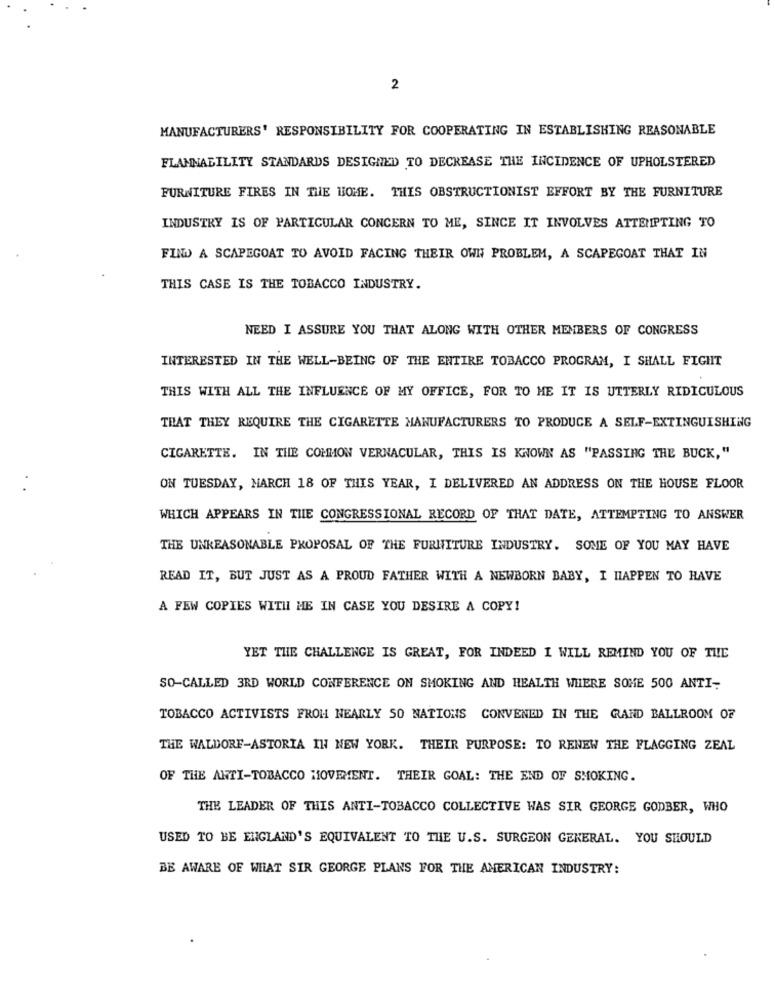
2
MANUFACTURERS' RESPONSIBILITY FOR COOPERATING IN ESTABLISHING REASONABLE
FLAMMABILITY STANDARDS DESIGNED TO DECREASE THE INCIDENCE OF UPHOLSTERED
FURNITURE FIRES IN THE HOME. THIS OBSTRUCTIONIST EFFORT BY THE FURNITURE
INDUSTRY IS OF PARTICULAR CONCERN TO ME, SINCE IT INVOLVES ATTEMPTING TO
FIND A SCAPEGOAT TO AVOID FACING THEIR OWN PROBLEM, A SCAPEGOAT THAT IN
THIS CASE IS THE TOBACCO INDUSTRY.
NEED I ASSURE YOU THAT ALONG WITH OTHER MEMBERS OF CONGRESS
INTERESTED IN THE WELL-BEING OF THE ENTIRE TOBACCO PROGRAM, I SHALL FIGHT
THIS WITH ALL THE INFLUENCE OF MY OFFICE, FOR TO ME IT IS UTTERLY RIDICULOUS
THAT THEY REQUIRE THE CIGARETTE MANUFACTURERS TO PRODUCE A SELF-EXTINGUISHING
CIGARETTE. IN THE COMMON VERNACULAR, THIS IS KNOWN AS "PASSING THE BUCK,"
ON TUESDAY, MARCH 18 OF THIS YEAR, I DELIVERED AN ADDRESS ON THE HOUSE FLOOR
WHICH APPEARS IN THE CONGRESSIONAL RECORD OF THAT DATE, ATTEMPTING TO ANSWER
THE UNREASONABLE PROPOSAL OF THE FURNITURE INDUSTRY. SOME OF YOU MAY HAVE
READ IT, BUT JUST AS A PROUD FATHER WITH A NEWBORN BABY, I HAPPEN TO HAVE
A FEW COPIES WITH ME IN CASE YOU DESIRE A COPY!
YET THE CHALLENGE IS GREAT, FOR INDEED I WILL REMIND YOU OF THE
SO-CALLED 3RD WORLD CONFERENCE ON SMOKING AND HEALTH WHERE SOME 500 ANTI-
TOBACCO ACTIVISTS FROH NEARLY SO NATIONS CONVENED IN THE RAND BALLROOM OF
THE WALDORF-ASTORIA IN NEW YORK. THEIR PURPOSE: TO RENEW THE FLAGGING ZEAL
OF THE ANTI-TOBACCO MOVEMENT. THEIR GOAL: THE END OF SMOKING.
THE LEADER OF THIS ANTI-TOBACCO COLLECTIVE WAS SIR GEORGE GODBER, WHO
USED TO BE ENGLAND'S EQUIVALENT TO THE U.S. SURGEON GENERAL. YOU SHOULD
BE AWARE OF WHAT SIR GEORGE PLANS FOR THE AMERICAN INDUSTRY: